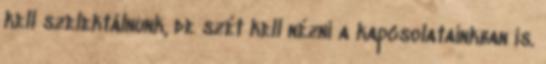
kell szelektálnunk, de szét kell nézni a kapcsolatainkban is.